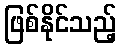
ဖြစ်နိုင်သည့်